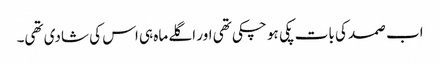
اب صمد کی بات پکی ہو چکی تھی اور اگلے ماہ ہی اس کی شادی تھی۔